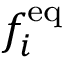
f _ { i } ^ { \mathrm { e q } }